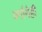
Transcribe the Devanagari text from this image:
वर्गानेही